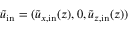
\boldsymbol { \Tilde { u } } _ { \mathrm { i n } } = ( \Tilde { u } _ { x , \mathrm { i n } } ( z ) , 0 , \Tilde { u } _ { z , \mathrm { i n } } ( z ) )